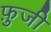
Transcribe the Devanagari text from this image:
फ़ुजी